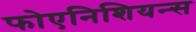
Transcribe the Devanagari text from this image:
फोएनिशियन्स